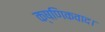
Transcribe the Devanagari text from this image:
क्षणिकवाद।